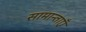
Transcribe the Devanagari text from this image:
सामान्ताएँ